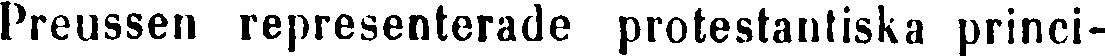
Preussen representerade protestantiska princi-